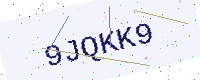
Text: 9JQKK9